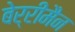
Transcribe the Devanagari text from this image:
बेर्रीमैन